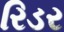
રિડર